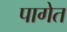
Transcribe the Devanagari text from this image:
पागेत